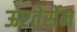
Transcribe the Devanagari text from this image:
ऊएतेर्सेन